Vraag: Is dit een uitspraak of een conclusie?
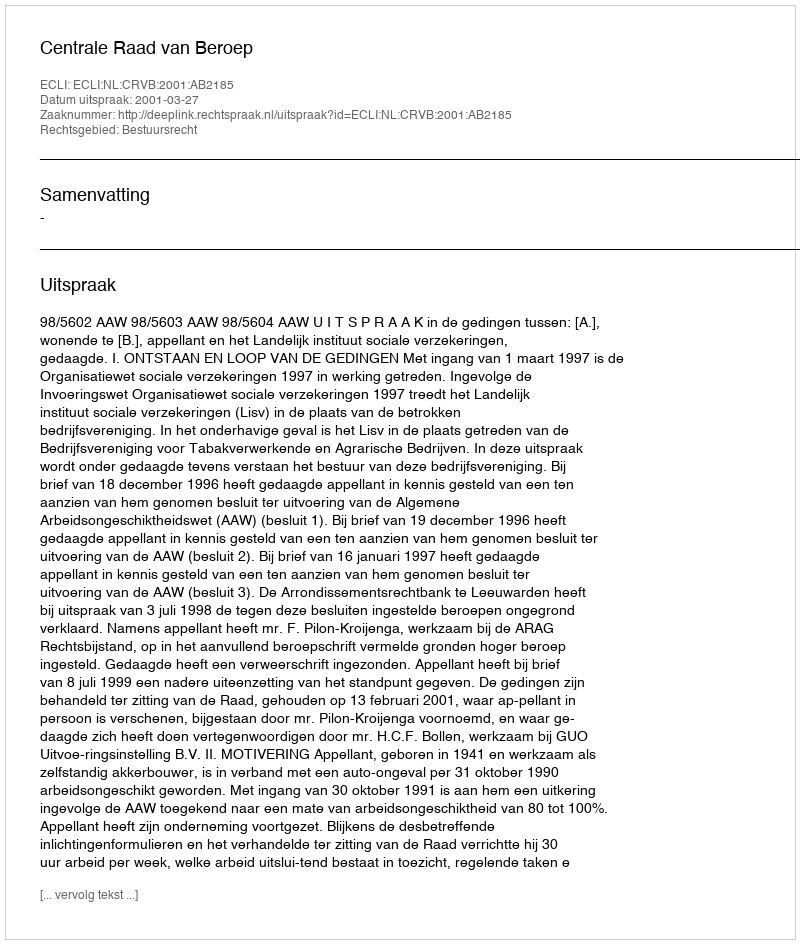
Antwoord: Uitspraak